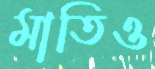
মাতিও